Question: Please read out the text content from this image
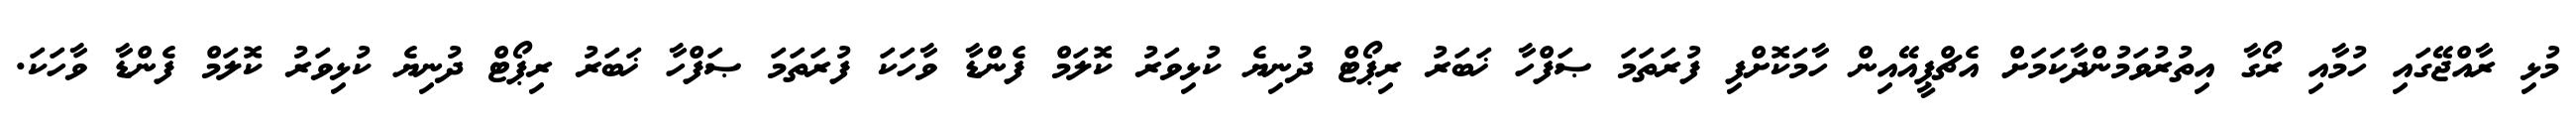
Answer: މުޅި ރާއްޖޭގައި ހުމާއި ރޯގާ އިތުރުވަމުންދާކަމަށް އެޗްޕީއޭއިން ހާމަކޮށްފި ފުރަތަމަ ޞަފްހާ ޚަބަރު ރިޕޯޓް ދުނިޔެ ކުޅިވަރު ކޮލަމް ފެންޑާ ވާހަކަ ފުރަތަމަ ޞަފްހާ ޚަބަރު ރިޕޯޓް ދުނިޔެ ކުޅިވަރު ކޮލަމް ފެންޑާ ވާހަކަ.